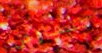
تتفاوض